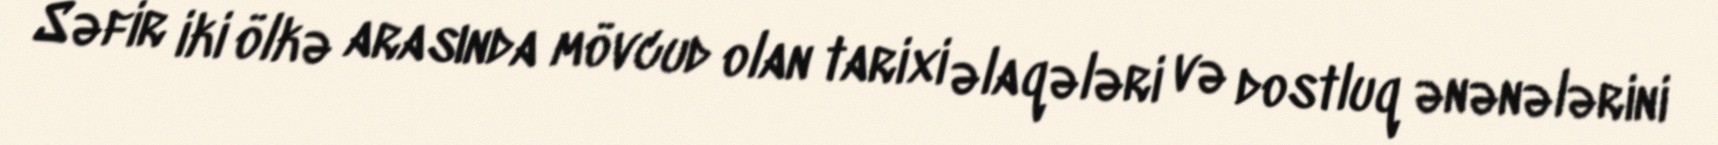
Səfir iki ölkə arasında mövcud olan tarixi əlaqələri və dostluq ənənələrini